画像に写った文字を読んでください
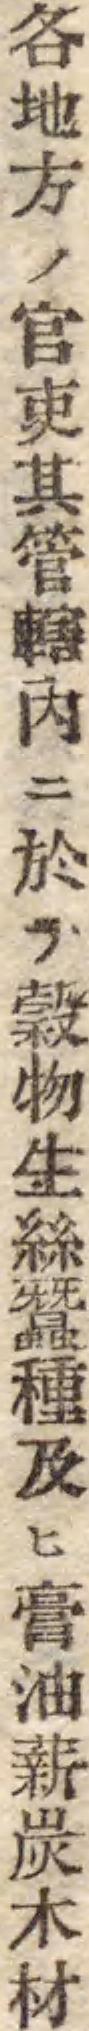
「各地方ノ官吏其管轄內ニ於テ穀物生絲蠶種及ヒ膏油薪炭木材」と書いてあります